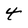
Character: 4